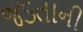
જડતાની